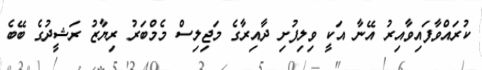
ކުރައްވާފައިވާއިރު އޭނާ އަކީ ވިލިފުށި ދާއިރާގެ މަޖިލިސް މެމްބަރު ރިޔާޒު ރަޝީދުގެ ބޭބެ